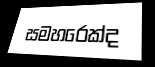
සමහරෙක්ද